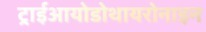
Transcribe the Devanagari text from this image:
ट्राईआयोडोथायरोनाइन